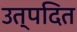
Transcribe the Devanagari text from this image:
उत्पदित